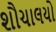
શૌચાલયો